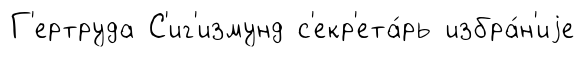
Г'ертруда С'иг'измунд с'екр'ета́рь избра́н'иjе